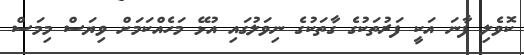
ކޮވެލި ފާނަ އަކީ ފަރުތަކުގެ ގާތަކުގެ ނިވަލުގައި އުޅޭ މަަހެއްކަމަށް ވިޔަސް މިމަސް